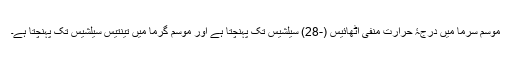
موسمِ سرما میں درجۂ حرارت منفی اٹھائیس (-28) سیلشیس تک پہنچتا ہے اور موسمِ گرما میں تینتیس سیلشیس تک پہنچتا ہے۔